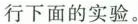
行下面的实验。